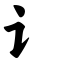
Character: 讠